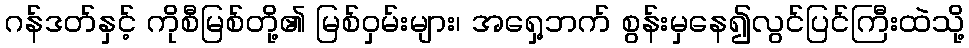
ဂန်ဒတ်နှင့် ကိုစီမြစ်တို့၏ မြစ်ဝှမ်းများ၊ အရှေ့ဘက် စွန်းမှနေ၍လွင်ပြင်ကြီးထဲသို့